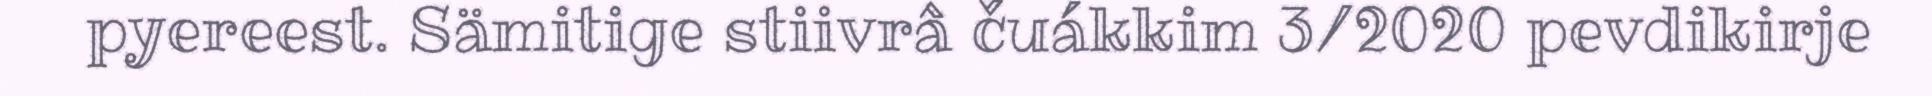
pyereest. Sämitige stiivrâ čuákkim 3/2020 pevdikirje